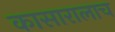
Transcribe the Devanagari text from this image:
कासारालाच